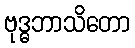
ဗုဒ္ဓဘာသိတော